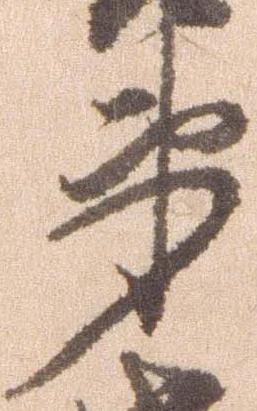
弟